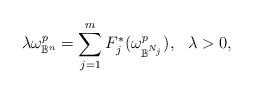
LaTeX: \begin{align*}\lambda \omega^p_{\mathbb{B}^n}=\sum_{j=1}^{m}F_j^*(\omega^p_{\mathbb{B}^{N_j}}),~ ~\lambda >0 ,\end{align*}